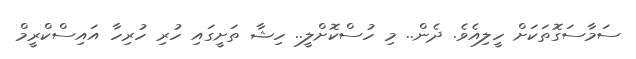
ސަމާސަގޮތަކަށް ހީލިއެވެ. ދެން.. މި ހުސްކޮށްލީ.. ހިޝާ ތަށީގައި ހުރި ހުރިހާ އައިސްކްރީމް